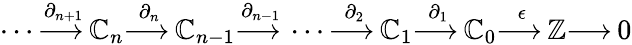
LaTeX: \dotsb{\overset{\partial_{n+1}}{\longrightarrow\, }}\mathbb{C}_{n}{\overset{\partial_{n}}{\longrightarrow\, }}\mathbb{C}_{n-1}{\overset{\partial_{n-1}}{\longrightarrow\, }}\dotsb{\overset{\partial_{2}}{\longrightarrow\, }}\mathbb{C}_{1}{\overset{\partial_{1}}{\longrightarrow\, }}\mathbb{C}_{0}{\overset{\epsilon}{\longrightarrow\, }}\mathbb{{Z}}{\longrightarrow\, }0